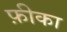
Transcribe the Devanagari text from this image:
फ़ीका